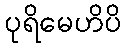
ပုရိမေဟိပိ